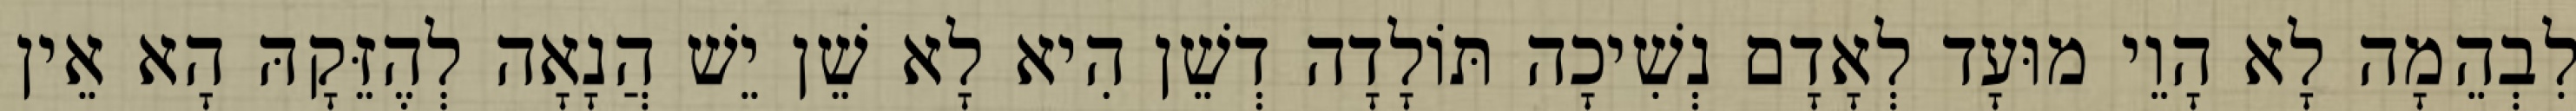
לִבְהֵמָה לָא הָוֵי מוּעָד לְאָדָם נְשִׁיכָה תּוֹלָדָה דְשֵׁן הִיא לָא שֵׁן יֵשׁ הֲנָאָה לְהֶזֵּקָהּ הָא אֵין